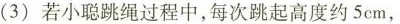
（3）若小聪跳绳过程中，每次跳起高度约5cm，